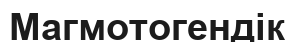
Магмотогендік